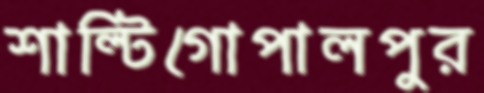
শাল্টিগোপালপুর